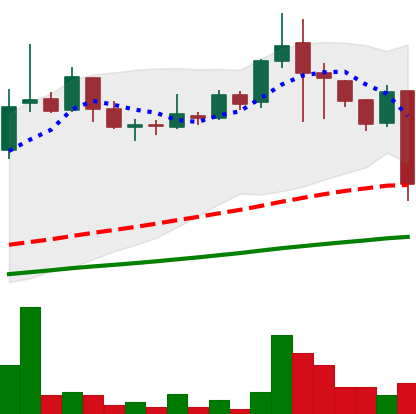
Ticker: LINK-USD
Chart end date: 2018-11-19
Forward return: -30.811%
Label: down_7plus